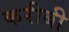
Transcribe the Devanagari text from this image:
करीबी